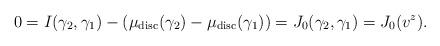
LaTeX: \begin{align*} 0=I(\gamma_{2},\gamma_{1})-(\mu_{\mathrm{disc}}(\gamma_{2})-\mu_{\mathrm{disc}}(\gamma_{1}))=J_{0}(\gamma_{2},\gamma_{1})=J_{0}(v^{z}).\end{align*}